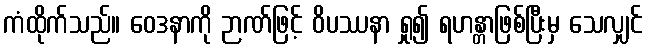
ကံထိုက်သည်။ ဝေဒနာကို ဉာဏ်ဖြင့် ဝိပဿနာ ရှု၍ ရဟန္တာဖြစ်ပြီးမှ သေလျှင်